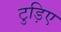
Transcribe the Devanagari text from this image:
टुड़िए